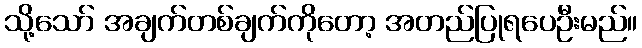
သို့သော် အချက်တစ်ချက်ကိုတော့ အတည်ပြုရပေဦးမည်။